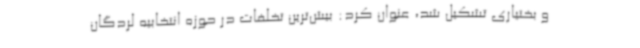
و بختیاری تشکیل شد، عنوان کرد: بیش‌ترین تخلفات در حوزه انتخابیه لردگان